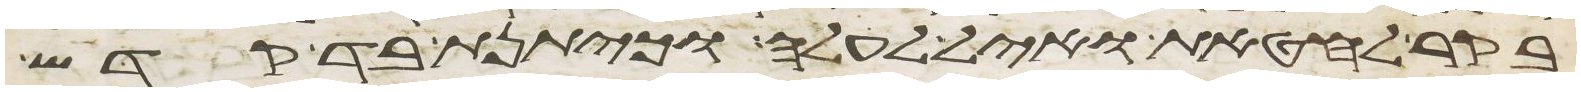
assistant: בקר לחטאת ואיל לעלה וכיתנת בד קדש